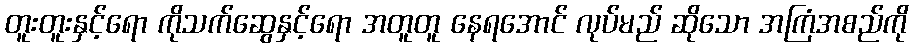
တူးတူးနှင့်ရော ကိုသက်ဆွေနှင့်ရော အတူတူ နေရအောင် လုပ်မည် ဆိုသော အကြံအစည်ကို